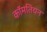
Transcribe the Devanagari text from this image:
कॉमतियन